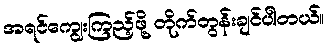
အရင်ကျွေးကြည့်ဖို့ တိုက်တွန်းချင်ပါတယ်။